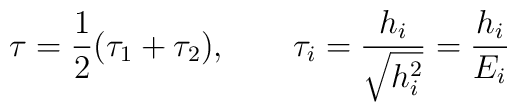
\tau={1\over 2} (\tau_1 + \tau_2), \qquad \tau_i = {h_i\over \sqrt{h_i^2}} = {h_i \over E_i}